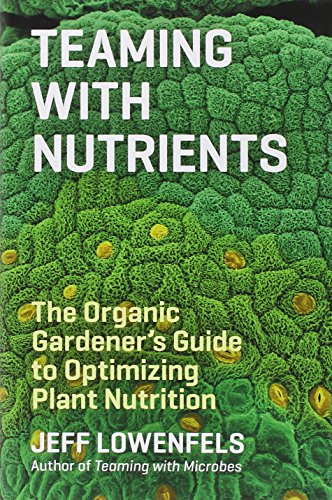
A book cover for Teaming with Nutrients: The Organic Gardener's Guide to Optimizing Plant Nutrition; Jeff Lowenfels; Crafts, Hobbies & Home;